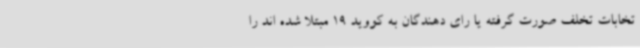
تخابات تخلف صورت گرفته یا رای دهندگان به کووید 19 مبتلا شده اند را